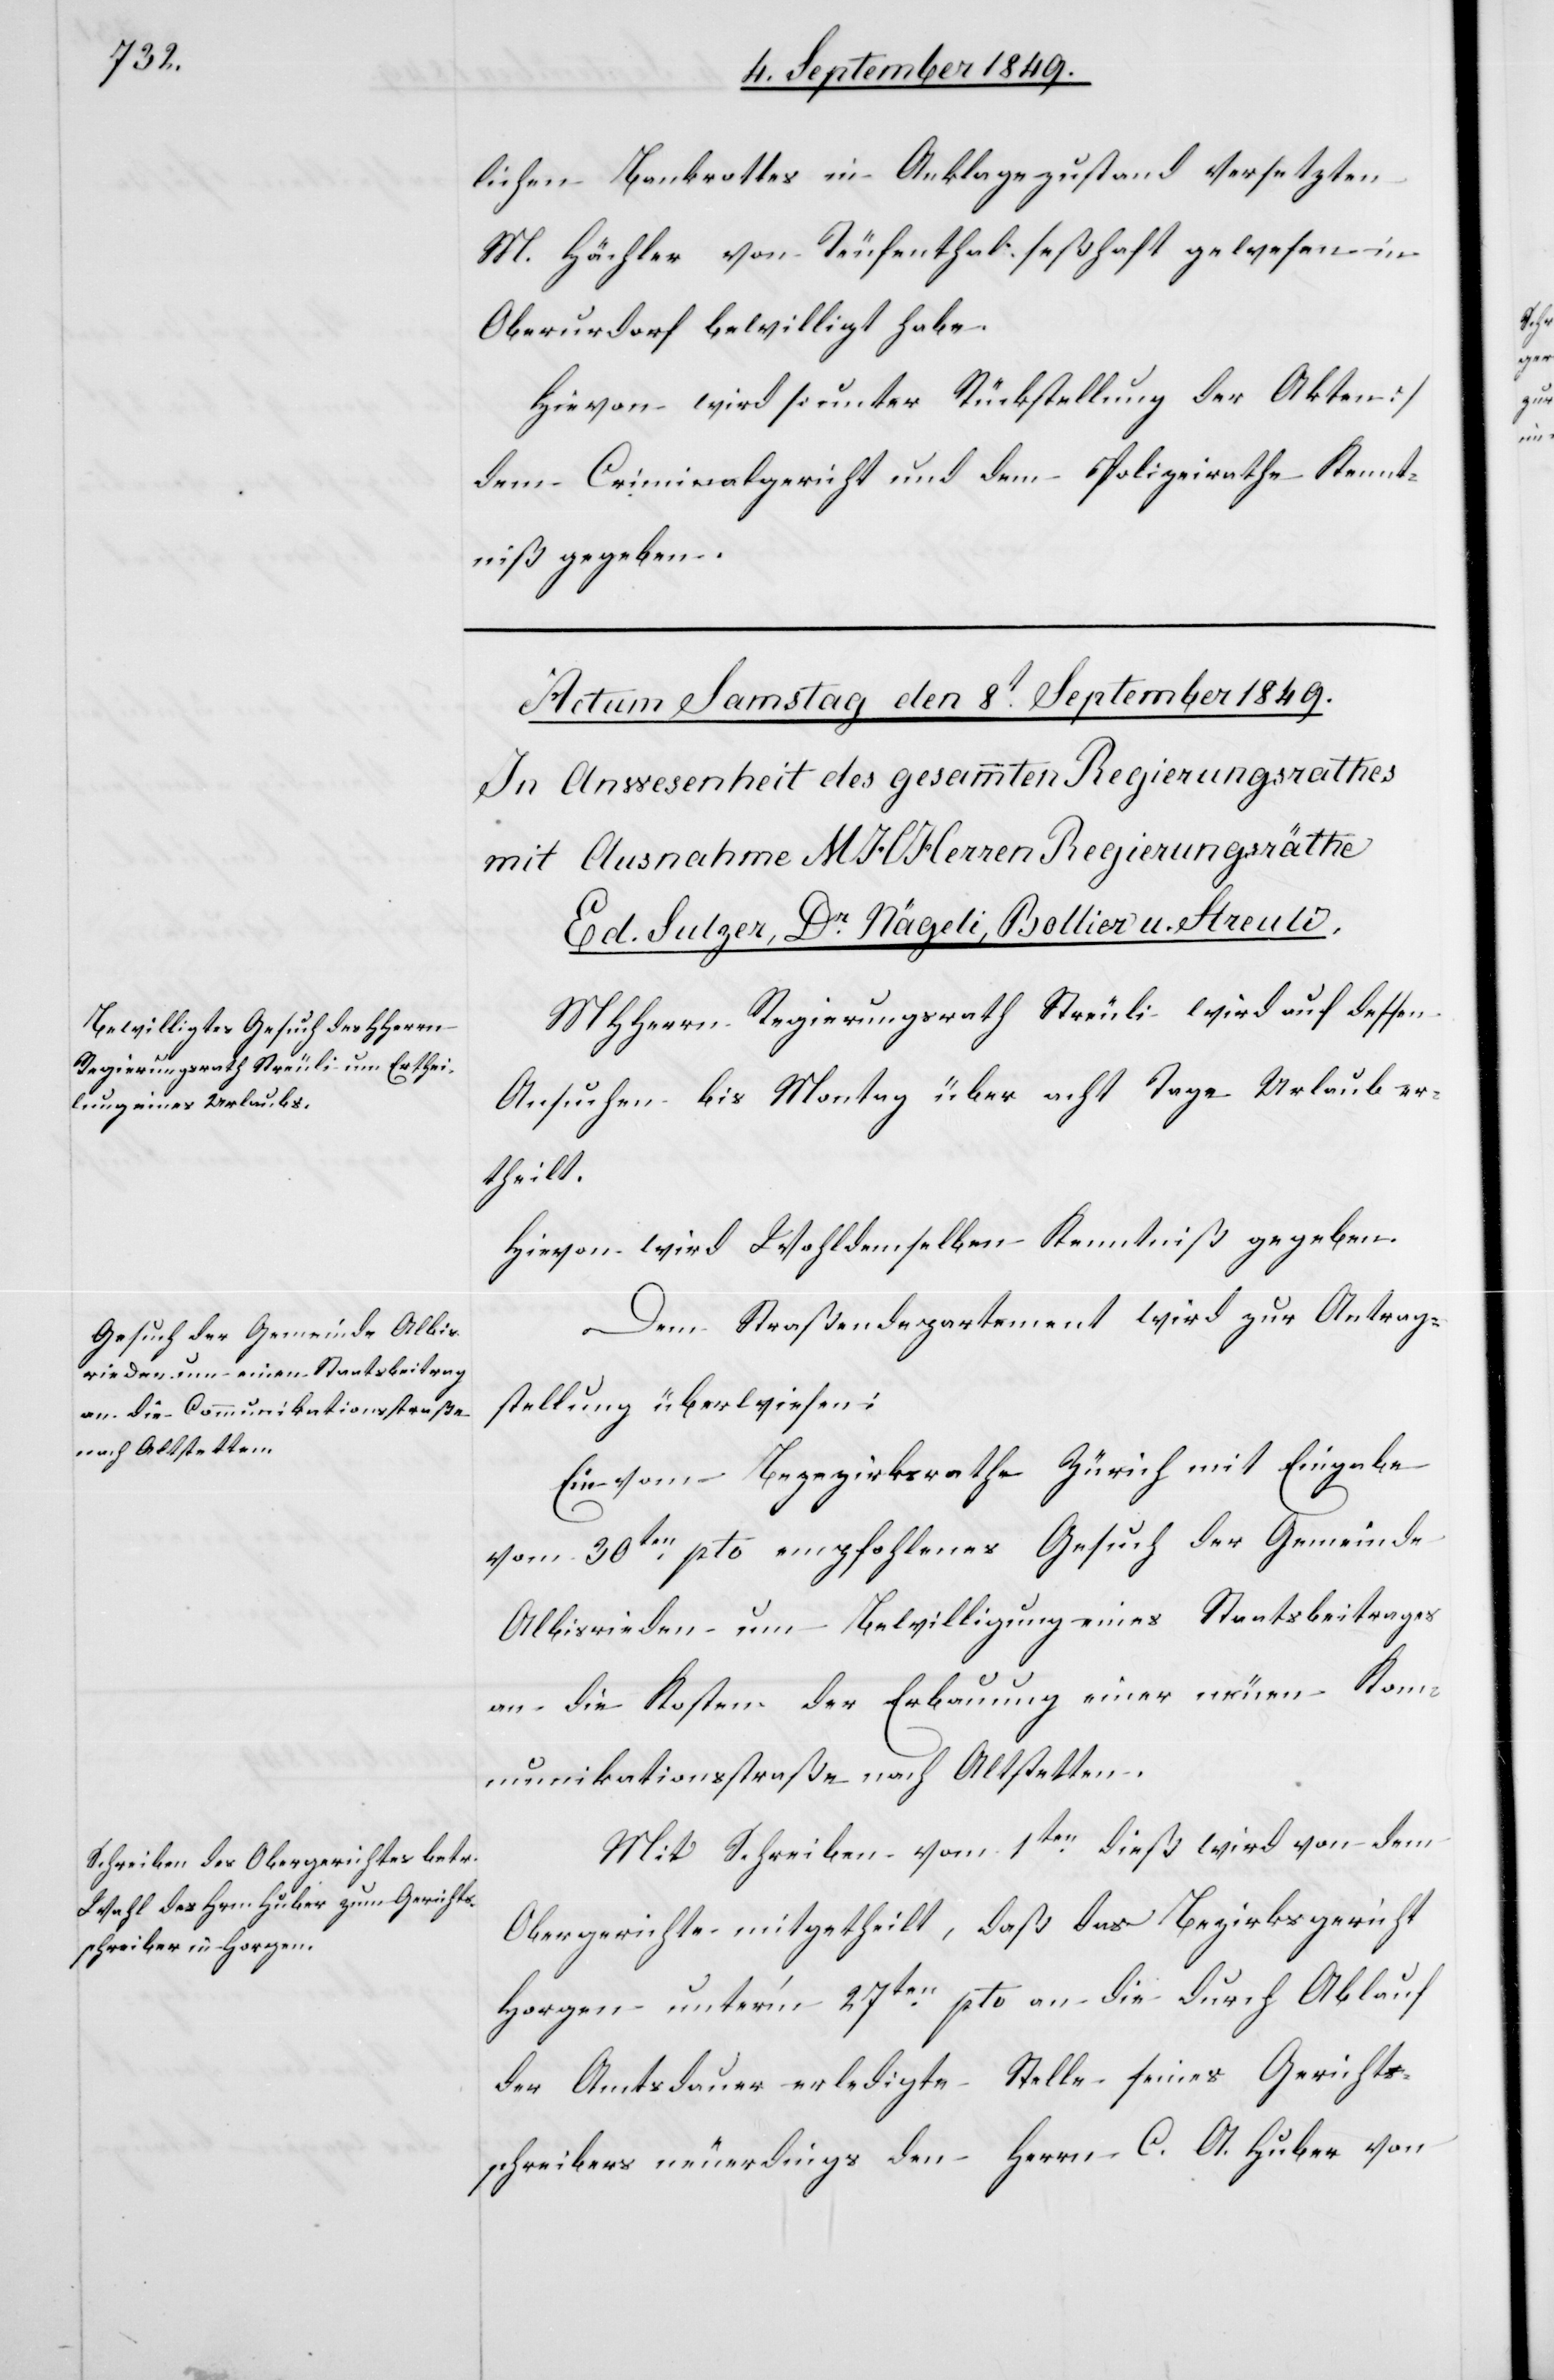
lichen Bankrottes in Anklagezustand versetzten
M. Hächler von Teufenthal seßhaft gewesen in
Oberurdorf bewilligt habe.
Hievon wird [unter Rückstellung der Akten]
dem Criminalgericht und dem Polizeirathe Kennt¬
niß gegeben.
MHHerrn Regierungsrath Streuli wird auf dessen
Ansuchen bis Montag über acht Tage Urlaub er¬
theilt.
Hievon wird Wohldemselben Kenntniß gegeben.
Dem Straßendepartement wird zur Antrag¬
stellung überwiesen:
Ein vom Bezirksrathe Zürich mit Eingabe
vom 30ten pto empfohlenes Gesuch der Gemeinde
Albisrieden um Bewilligung eines Staatsbeitrages
an die Kosten der Erbauung einer neuen Kom¬
munikationsstraße nach Altstetten.
Mit Schreiben vom 1ten dieß wird von dem
Obergerichte mitgetheilt, daß das Bezirksgericht
Horgen unter’m 27ten pto an die durch Ablauf
der Amtsdauer erledigte Stelle eines Gerichts¬
schreibens neuerdings den Herrn C. A. Huber von